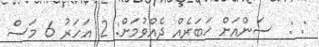
: :  ސަންއަށް ޚަބަރެއް ދެއްވުމަށް: 2 އަހަރު 6 މަސް